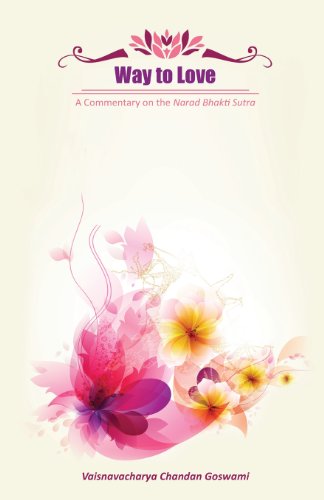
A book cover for Way to Love: A Commentary on the Narad Bhakti Sutra; Vaisnavacharya Chandan Goswami; Religion & Spirituality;